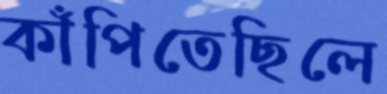
কাঁপিতেছিলে